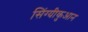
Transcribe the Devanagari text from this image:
सिंग्यीकुआन